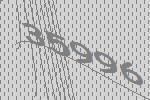
35996